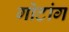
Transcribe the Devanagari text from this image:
गोटांग